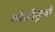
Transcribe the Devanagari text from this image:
कोझीकुथी